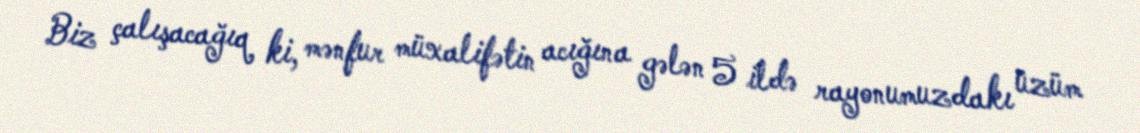
Biz çalışacağıq ki, mənfur müxalifətin acığına gələn 5 ildə rayonumuzdakı üzüm